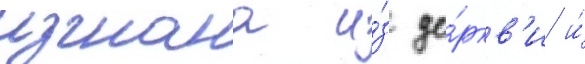
изгнана и́з це́ркв'и и́